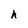
Character: h